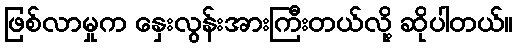
ဖြစ်လာမှုက နှေးလွန်းအားကြီးတယ်လို့ ဆိုပါတယ်။